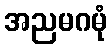
အညမဂမုံ